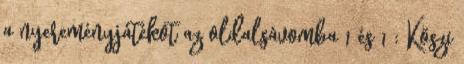
a nyereményjátékot az oldalsávomba 1 és 1 : Köszi